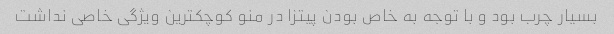
بسیار چرب بود و با توجه به خاص بودن پیتزا در منو کوچکترین ویژگی خاصی نداشت